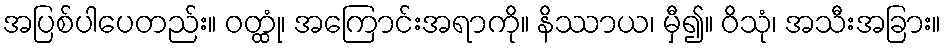
အပြစ်ပါပေတည်း။ ဝတ္ထုံ၊ အကြောင်းအရာကို။ နိဿာယ၊ မှီ၍။ ဝိသုံ၊ အသီးအခြား။